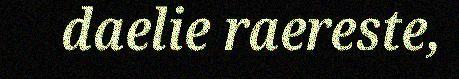
daelie raereste,